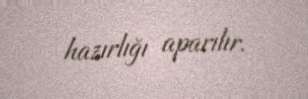
hazırlığı aparılır.